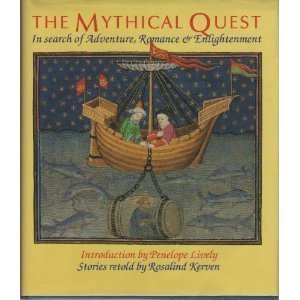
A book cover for The Mythical Quest: In Search of Adventure, Romance & Enlightenment; Rosalind Kerven; Romance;